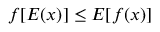
f [ E ( x ) ] \leq E [ f ( x ) ]